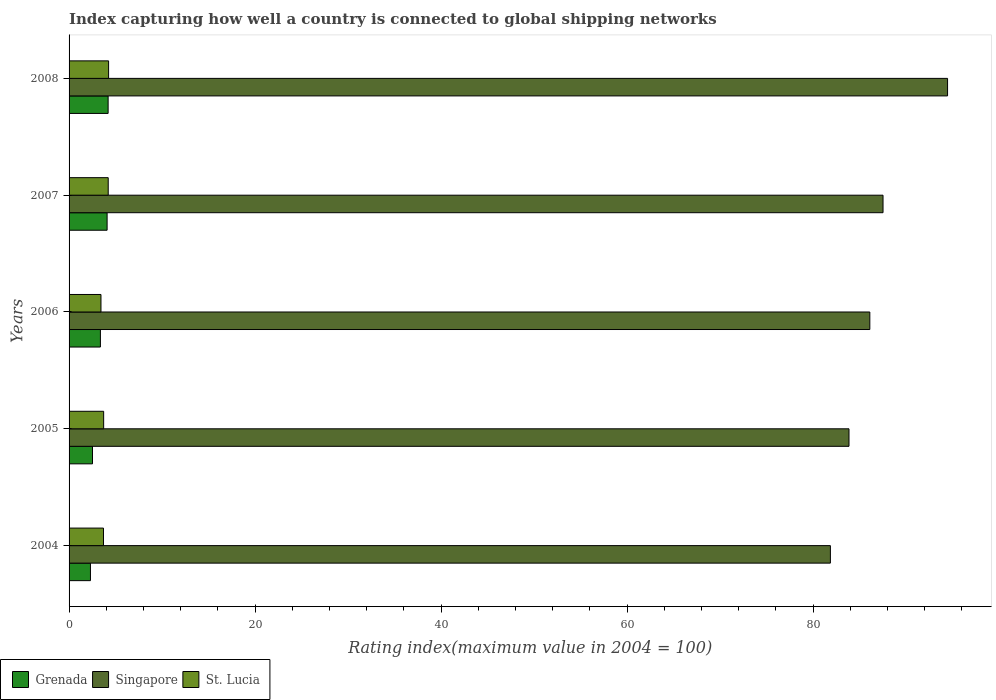
| Years | Grenada | Singapore | St. Lucia |
 | --- | --- | --- | --- |
 | 2004 | 2.3 | 81.9 | 3.7 |
 | 2005 | 2.52 | 83.9 | 3.72 |
 | 2006 | 3.37 | 86.1 | 3.43 |
 | 2007 | 4.09 | 87.5 | 4.21 |
 | 2008 | 4.2 | 94.5 | 4.25 |